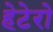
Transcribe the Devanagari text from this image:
हेटेरो